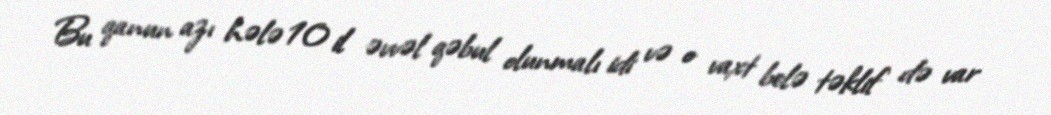
Bu qanun azı hələ 10 il əvvəl qəbul olunmalı idi və o vaxt belə təklif də var